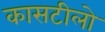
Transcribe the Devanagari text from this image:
कासटीलो